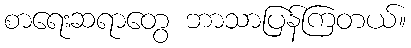
စာရေးဆရာတွေ ဘာသာပြန်ကြတယ်။